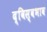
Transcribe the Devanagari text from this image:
द्विस्‍वभाव